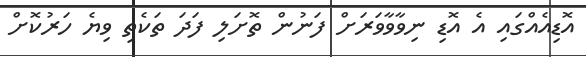
އޮޑިއެއްގައި އެ އޮޑި ނިވާވާވަރަށް ފަނުން ތޮށަލި ފަދަ ތަކެތި ވިޔެ ހަރުކޮށް